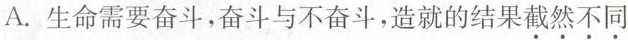
A.生命需要奋斗，奋斗与不奋斗，造就的结果截然不同